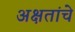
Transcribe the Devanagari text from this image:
अक्षतांचे